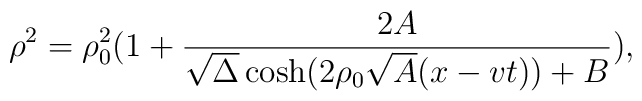
\rho^2=\rho_0^2\bigl(1+{2A\over \sqrt{\Delta}\cosh(2\rho_0\sqrt{A}(x-vt))+B}\bigr),